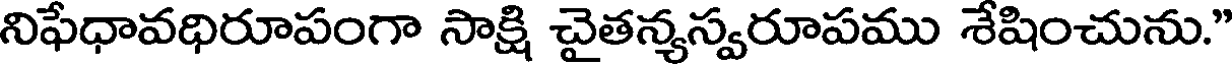
నిఫేధావధిరూపంగా సాక్షి చైతన్యస్వరూపము శేషించును."